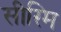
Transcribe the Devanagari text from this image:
सीरिम